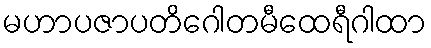
မဟာပဇာပတိဂေါတမီထေရီဂါထာ